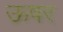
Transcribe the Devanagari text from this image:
ऊषर